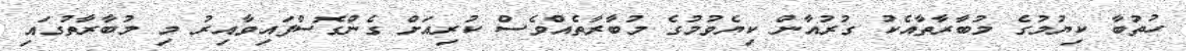
ހުތުބާ ކިޔުމުގެ މުބާރާތާއެކު ގުރުއާން ކިޔެވުމުގެ މުބާރާތެއްވެސް ކުރިއަށް ގެންގޮސްފައިވާއިރު މި މުބާރާތުގައި